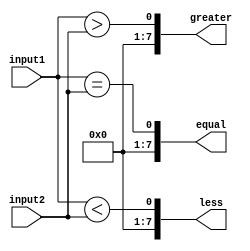
module parallel_comparator (
    input [7:0] input1,
    input [7:0] input2,
    output [7:0] equal,
    output [7:0] greater,
    output [7:0] less
);

assign equal = (input1 == input2);
assign greater = (input1 > input2);
assign less = (input1 < input2);

endmodule